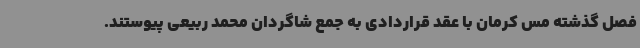
فصل گذشته مس کرمان با عقد قراردادی به جمع شاگردان محمد ربیعی پیوستند.